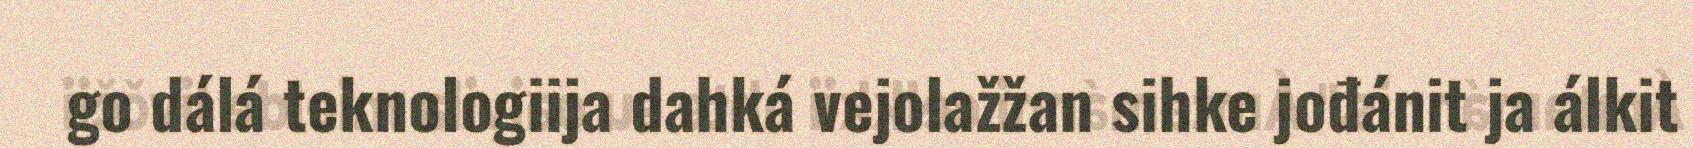
go dálá teknologiija dahká vejolažžan sihke jođánit ja álkit